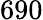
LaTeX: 690